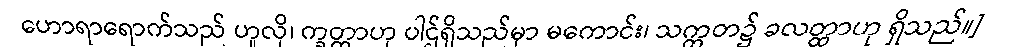
ဟောရာရောက်သည် ဟူလို၊ က္ခတ္ထာဟု ပါဌ်ရှိသည်မှာ မကောင်း၊ သက္ကတ၌ ခလတ္ထာဟု ရှိသည်။]